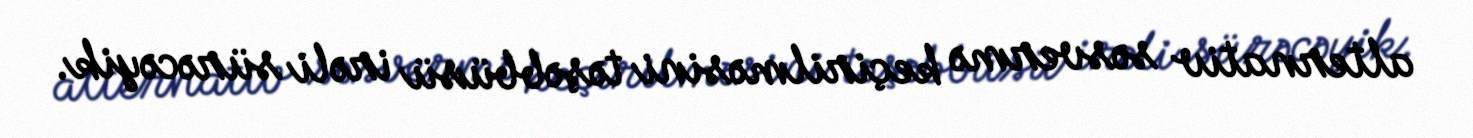
alternativ səsvermə keçirilməsini təşəbbüsü irəli sürəcəyik.